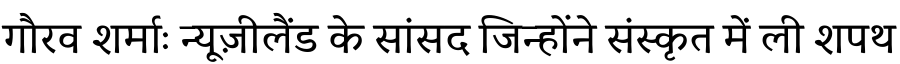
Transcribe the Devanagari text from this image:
गौरव शर्माः न्यूज़ीलैंड के सांसद जिन्होंने संस्कृत में ली शपथ